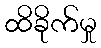
ထိခိုက်မှု